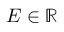
E \in \mathbb { R }